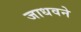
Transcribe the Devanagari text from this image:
जाधवने